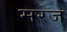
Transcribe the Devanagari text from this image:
मरज